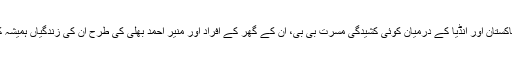
انھیں نہیں معلوم کہ کب پاکستان اور انڈیا کے درمیان کوئی کشیدگی مسرت بی بی، ان کے گھر کے افراد اور منیر احمد بھلی کی طرح ان کی زندگیاں ہمیشہ کے لیے بدل کر رکھ دے۔